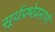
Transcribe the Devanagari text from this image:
सूर्यप्रभेप्रमाणे